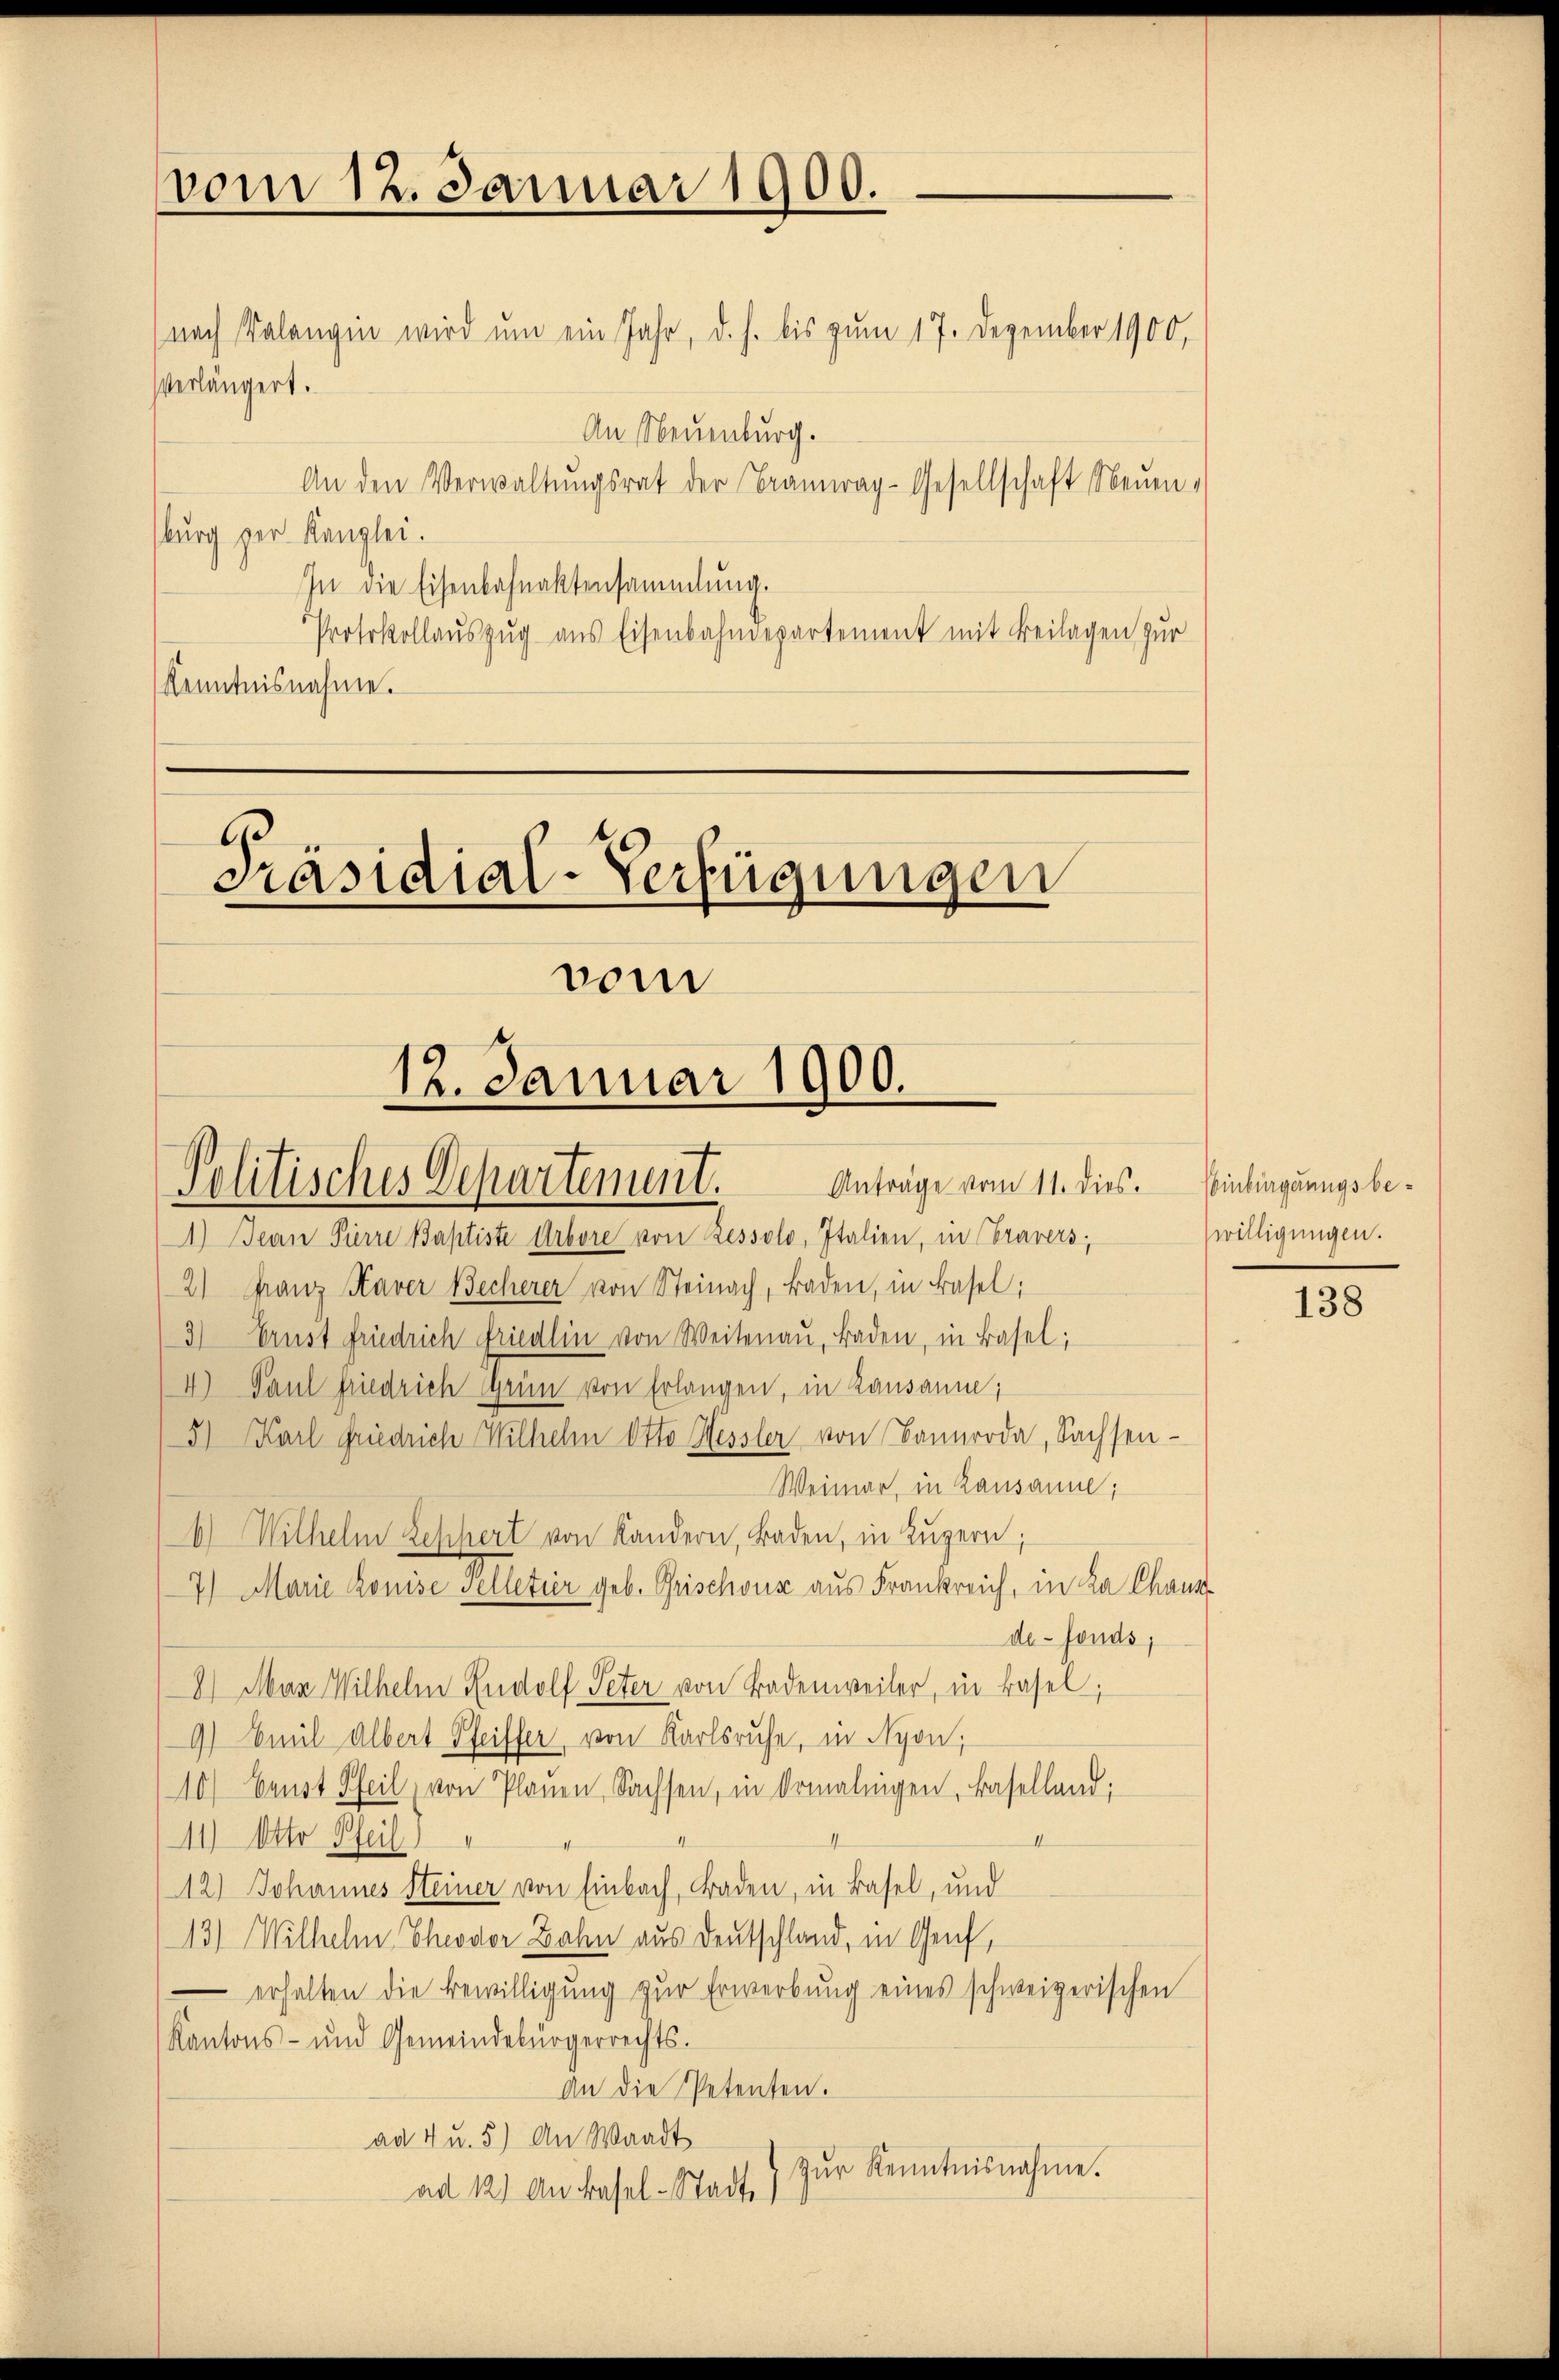
vom 12. Januar 1900.

nach Valangen wird um ein Jahr, d. h. bis zum 17. Dezember 1900,
Verlängert.
An Neuenburg.
An den Verwaltŭngsrat der Brannrag-Gesellschaft Neuen
sburg zur Kanzlei.
In die Eisenbahnaktensammlung.
Protokollauszug aus Eisenbahndepartement mit Beilagen zur
Kenntnisnahme.

Präsidial-Verfügungen
vom
12. Januar 1900.
Anträge vom 11. dies.
Politisches Departement.

1) Jean Pierre Baptiste Arbore von Ressolo, Italien, in bravers;
2) Franz Kaver Becherer von Steinach, Baden, in Basel;
3) Ernst friedrich friedlin von Weitenau, Baden, in Basel;
4) Paul Friedrich Grün von Erlangen, in Lausanne;
5) Karl Friedrich Wilhelm Otto Hessler von Bannroda, Sachsen-
Weimar, in Lausanne;
6) Wilhelm Schert von Kandern, Baden, in Luzern,
7) Marie Konise selletier geb. Grischoux aus Frankreich, in La Chaus
de-Fonds,
8) Man Wilhelm Rudolf Peter von Badenweiler, in Basel;
9) Emil Albert Pfeiffer von Karlsruhe, in Nyon,
10) Baust Pfeil von Planen Sachsen, in Ormalingen, Baselland:
11) Otto Pfeil
12.) Johannes Steiner von Einbach, Baden, in Basel, und
13) Wilhelm Theodor Zahn aus Deutschland, in Genf,
erhalten die Bewilligŭng zŭr Erwerbŭng eines schweizerischen
Kantons- und Gemeindebürgerrechts-
An die Petenten.
ad 4 u. 5) An Waadt
Zŭr Kenntnisnahme.
ad 121 An Basel-Stadt

Einbürgerungsbewilligungen.

138